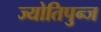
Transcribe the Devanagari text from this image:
ज्योतिपुन्ज